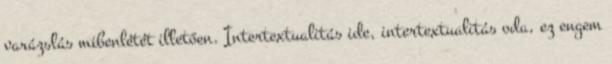
varázslás mibenlétét illetően. Intertextualitás ide, intertextualitás oda, ez engem